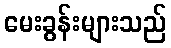
မေးခွန်းများသည်